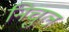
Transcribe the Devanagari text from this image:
निचुल